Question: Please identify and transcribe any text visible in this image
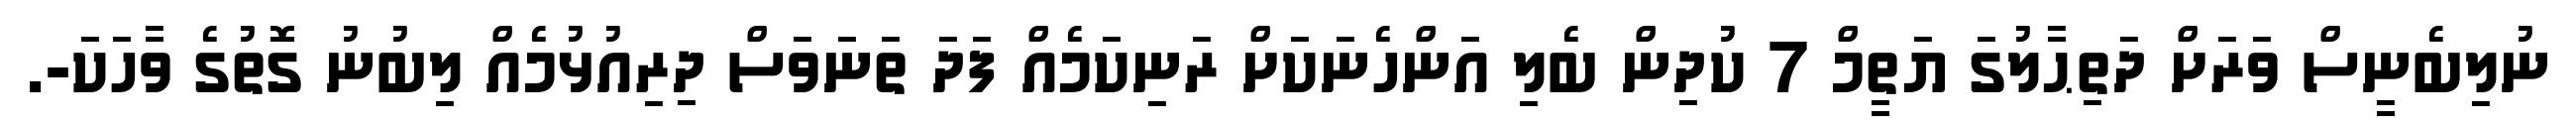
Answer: ނުލިބެނީސް ވަރަށް ދަތިޙާލުގަ ޔަތީމް 7 ކުދިން ބެލި އަންހެނަކަށް ރަނިކަމެއް ފަދަ ތަނަވަސް ދިރިއުޅުމެއް ލިބުނު ގޮތުގެ ވާހަކަ-.